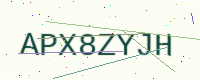
Text: APX8ZYJH